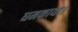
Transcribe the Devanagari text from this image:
धमकाया।